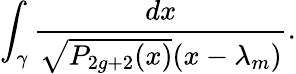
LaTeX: \int_{\gamma}{\frac{dx}{\sqrt{P_{2g+2}(x)}(x-\lambda_{m})}}.